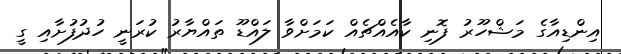
އިންޑިއާގެ މަޝްހޫރު ފޮނި ކާއެއްޗެއް ކަމަަށްވާ ލައްޑޫ ތައްޔާރު ކުރަނީ ހުދުފުށާއި ގީ